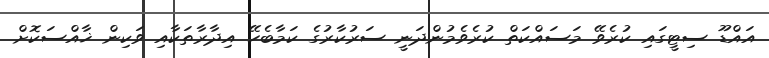
އައްޑޫ ސިޓީގައި ކުރެވޭ މަސައްކަތް ކުރެވެމުންދަނީ ސަރުކާރުގެ ކަމާބެހޭ އިދާރާތަކާއި ވަކިން ޚާއްސަކޮށް